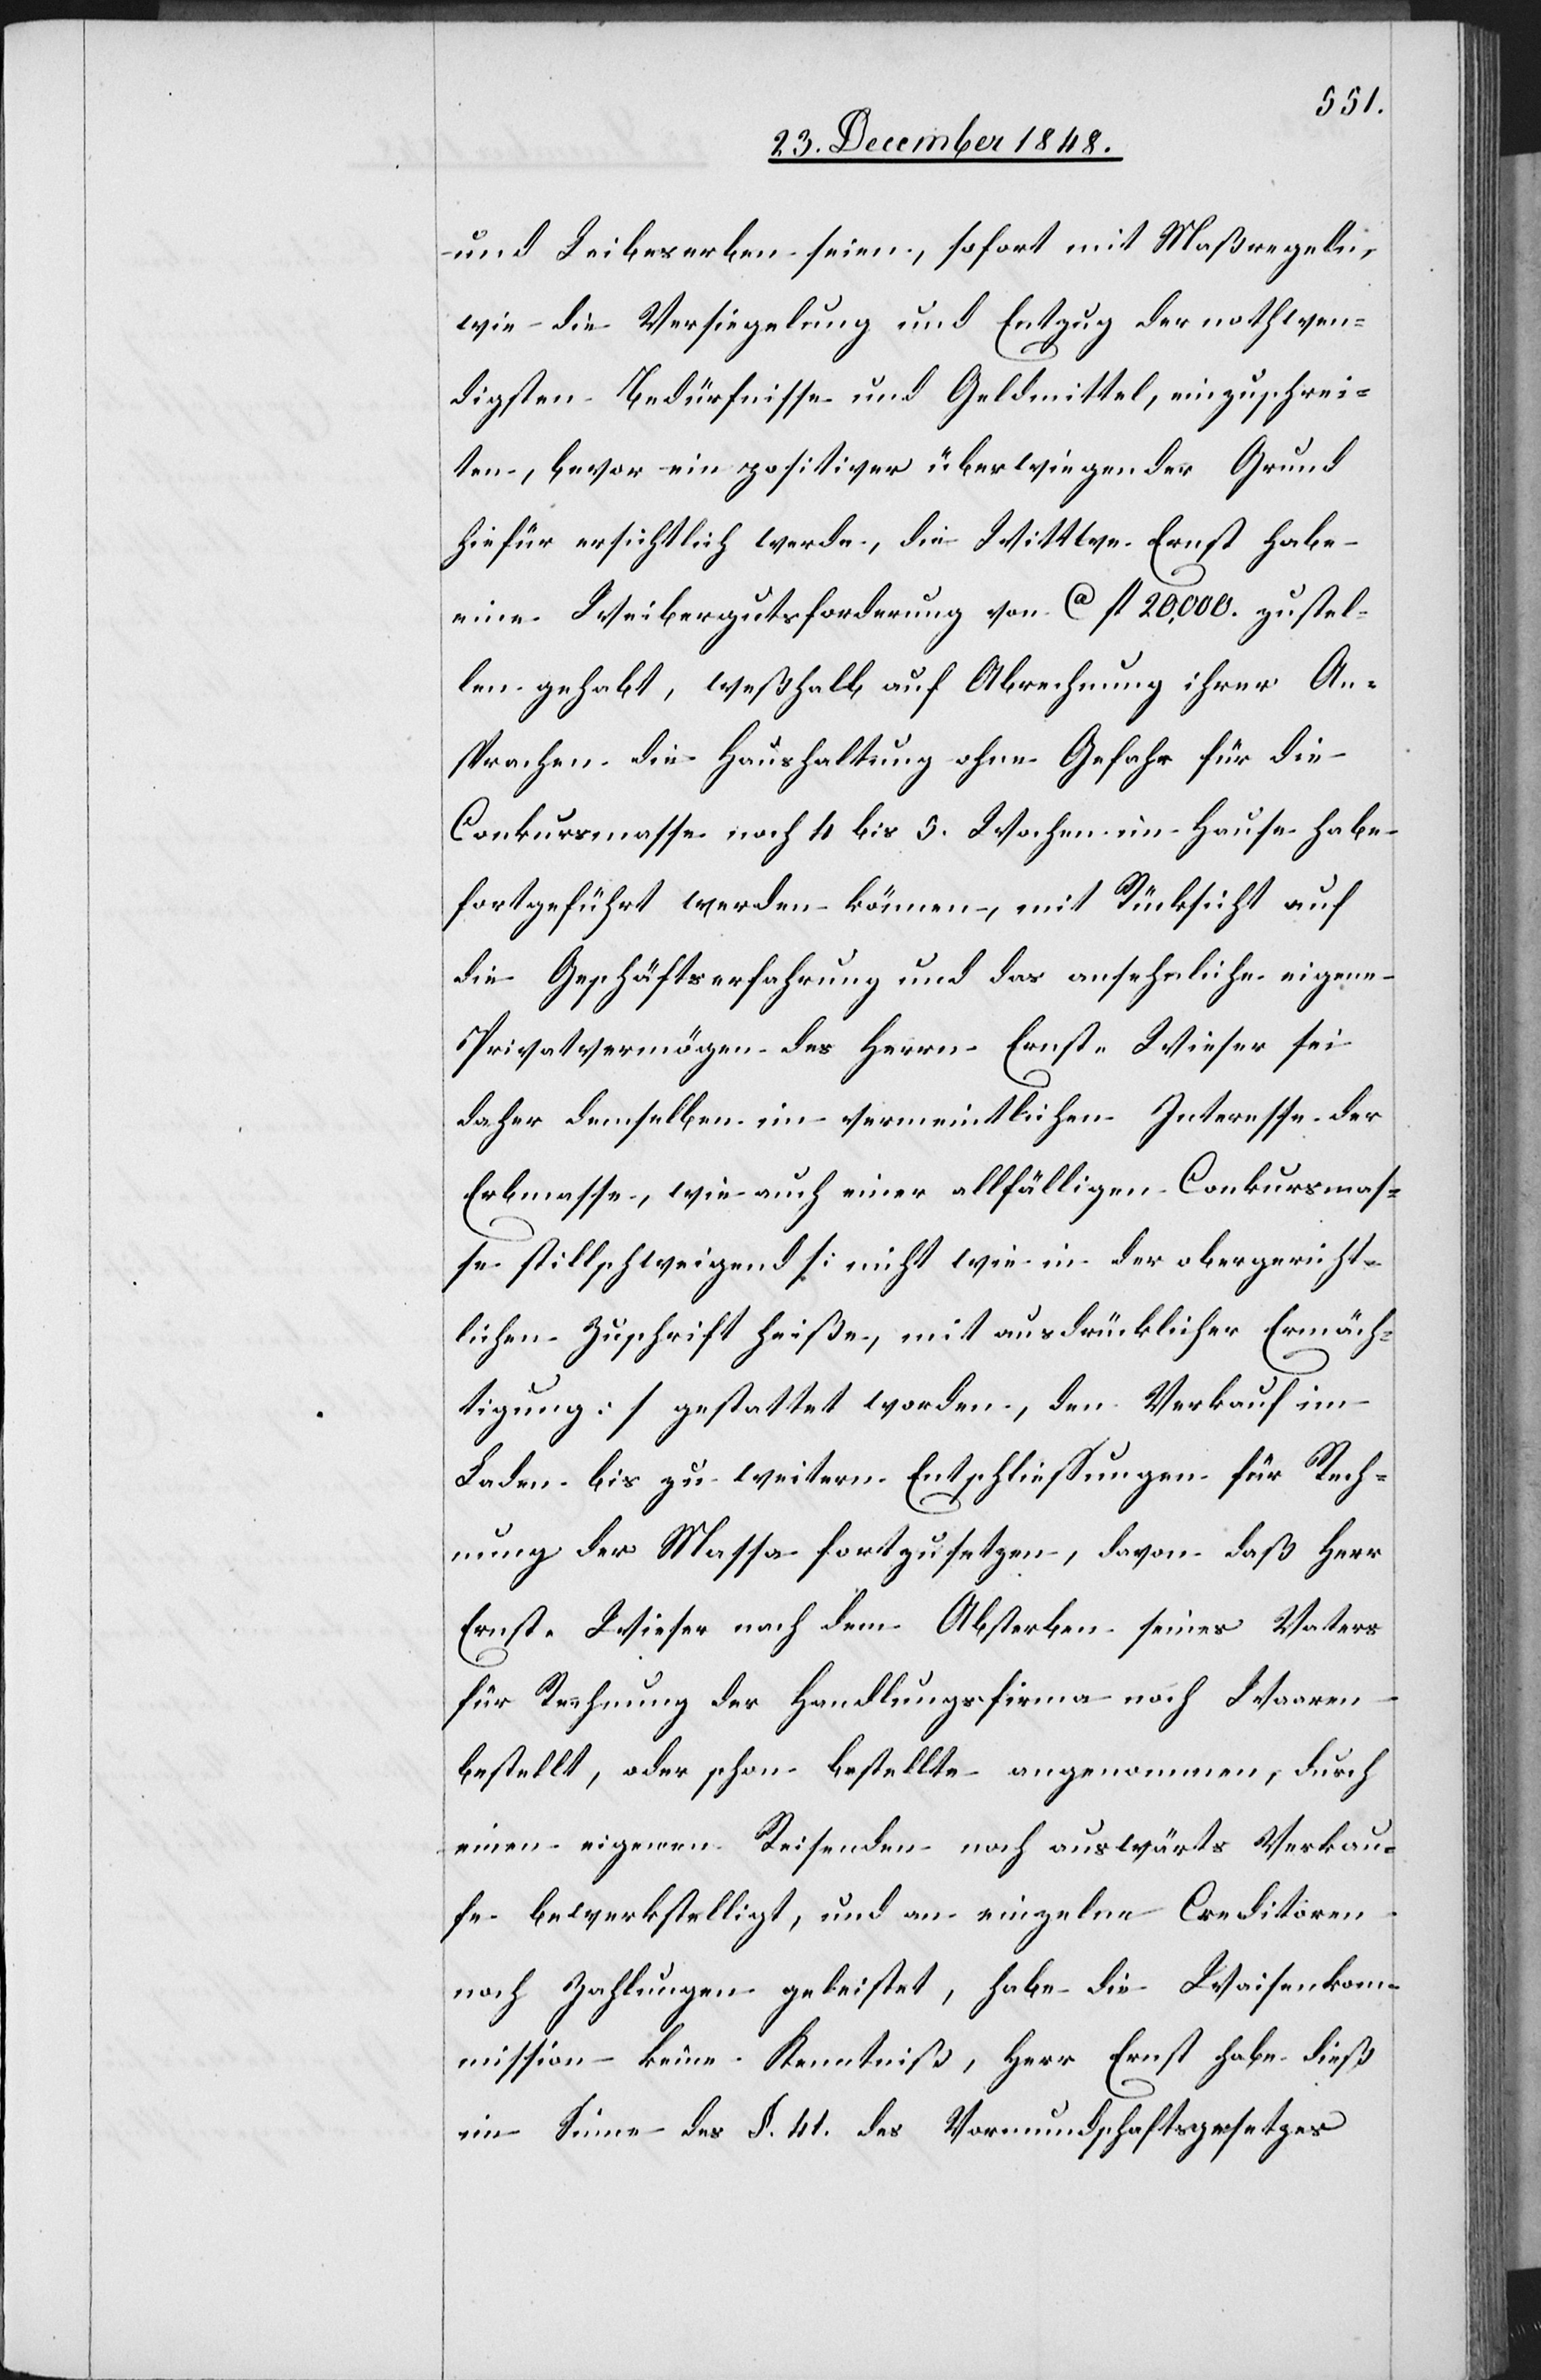
und Leibeserben seien, sofort mit Maßregeln,
wie die Versiegelung und Entzug der nothwen¬
digsten Bedürfnisse und Geldmittel, einzuschrei¬
ten, bevor ein positiver überwiegender Grund
hiefür ersichtlich werde, die Wittwe Ernst habe
eine Weibergutsforderung von ca fl. 20,000. zustel¬
len gehabt, weßhalb auf Abrechnung ihrer An¬
sprachen die Haushaltung ohne Gefahr für die
Conkursmasse noch 4 bis 5. Wochen im Hause habe
fortgeführt werden können, mit Rücksicht auf
die Geschäftserfahrung und das ansehnliche eigene
Privatvermögen des Herrn Ernst-Wieser sei
daher demselben im vermeintlichen Interesse der
Erbmasse, wie auch einer allfälligen Conkursmas¬
se stillschweigend [nicht wie in der obergericht¬
lichen Zuschrift heiße, mit ausdrücklicher Ermäch¬
tigung] gestattet worden, den Verkauf im
Laden bis zu weitern Entschliessungen für Rech¬
nung der Massa fortzusetzen, davon daß Herr
Ernst- Wieser nach dem Absterben seines Vaters
für Rechnung der Handlungsfirma noch Waaren
bestellt, oder schon bestellte angenommen, durch
einen eigenen Reisenden noch auswärts Verkau¬
fe bewerkstelligt, und an einzelne Creditoren
noch Zahlungen geleistet, habe die Waisenkom¬
mission keine Kenntniß, Herr Ernst habe dieß
im Sinne des §. 41. des Vormundschaftsgesetzes